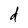
Character: d